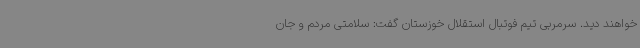
خواهند دید. سرمربی تیم فوتبال استقلال خوزستان گفت: سلامتی مردم و جان